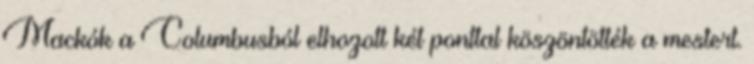
Mackók a Columbusból elhozott két ponttal köszöntötték a mestert.